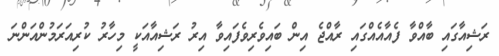
ރަޝިއާގައި ބާއްވާ ފެއާއެއްގައި ރާއްޖެ އިން ބައިވެރިވެފައިވާ އިރު ރަޝިއާއަކީ މިހާރު ކުރިއަރަމުންއަންނަ